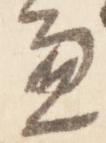
兼